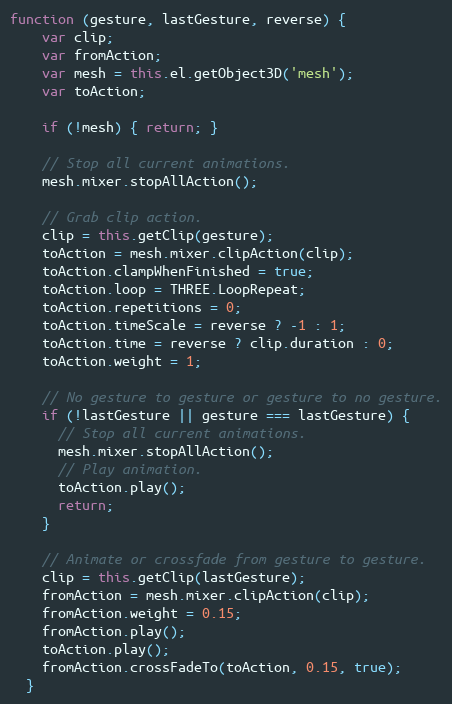
Language: JavaScript
function (gesture, lastGesture, reverse) {
    var clip;
    var fromAction;
    var mesh = this.el.getObject3D('mesh');
    var toAction;

    if (!mesh) { return; }

    // Stop all current animations.
    mesh.mixer.stopAllAction();

    // Grab clip action.
    clip = this.getClip(gesture);
    toAction = mesh.mixer.clipAction(clip);
    toAction.clampWhenFinished = true;
    toAction.loop = THREE.LoopRepeat;
    toAction.repetitions = 0;
    toAction.timeScale = reverse ? -1 : 1;
    toAction.time = reverse ? clip.duration : 0;
    toAction.weight = 1;

    // No gesture to gesture or gesture to no gesture.
    if (!lastGesture || gesture === lastGesture) {
      // Stop all current animations.
      mesh.mixer.stopAllAction();
      // Play animation.
      toAction.play();
      return;
    }

    // Animate or crossfade from gesture to gesture.
    clip = this.getClip(lastGesture);
    fromAction = mesh.mixer.clipAction(clip);
    fromAction.weight = 0.15;
    fromAction.play();
    toAction.play();
    fromAction.crossFadeTo(toAction, 0.15, true);
  }